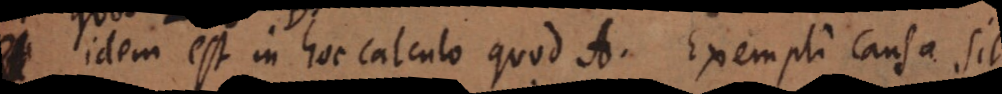
idem est in hoc calculo quod A. Exempli causa sit